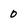
Character: 0